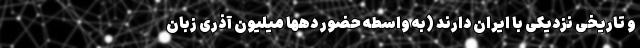
و تاریخی نزدیکی با ایران دارند (به واسطه حضور دهها میلیون آذری زبان